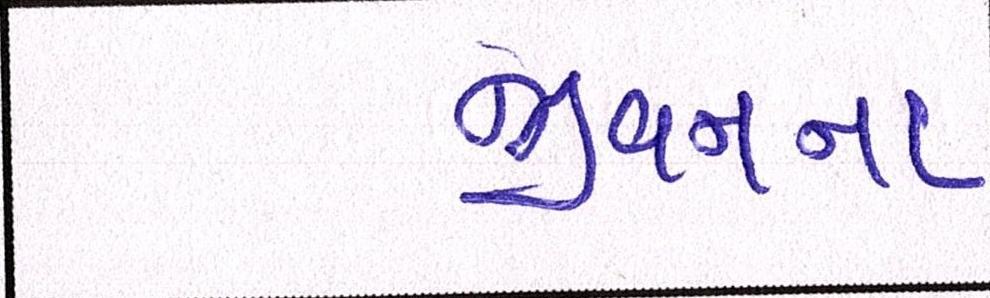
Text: જીવનના